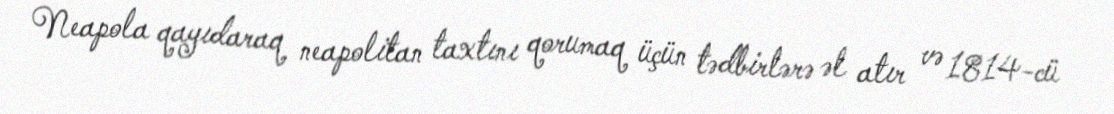
Neapola qayıdaraq neapolitan taxtını qorumaq üçün tədbirlərə əl atır və 1814-cü